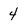
Character: 4